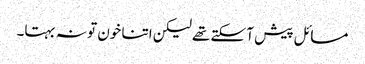
مسائل پیش آ سکتے تھے لیکن اتنا خون تو نہ بہتا۔